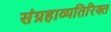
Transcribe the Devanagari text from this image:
संग्रहाव्यतिरिक्त